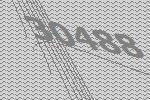
30488